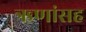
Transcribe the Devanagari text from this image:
ऋणांसह